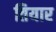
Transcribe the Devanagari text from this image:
तियार